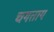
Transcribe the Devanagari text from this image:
चगताय